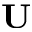
\mathbf { U }